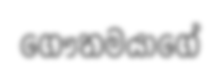
ගෞතමයාගේ